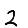
Digit: 2